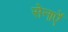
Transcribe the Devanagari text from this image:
सेनाऐं